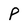
Character: P